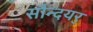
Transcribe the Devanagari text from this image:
सौन्दयर्